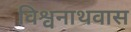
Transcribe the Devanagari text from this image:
विश्वनाथवास